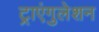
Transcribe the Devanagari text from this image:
ट्राएंगुलेशन